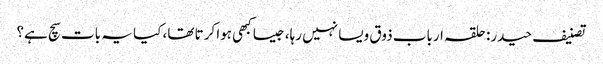
تصنیف حیدر: حلقہ ارباب ذوق ویسا نہیں رہا، جیسا کبھی ہوا کرتا تھا، کیا یہ بات سچ ہے؟